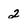
Character: 2